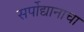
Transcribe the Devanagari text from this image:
सर्पोद्यानाचा